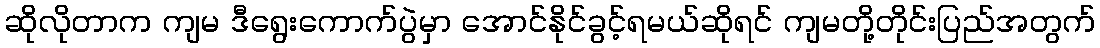
ဆိုလိုတာက ကျမ ဒီရွေးကောက်ပွဲမှာ အောင်နိုင်ခွင့်ရမယ်ဆိုရင် ကျမတို့တိုင်းပြည်အတွက်